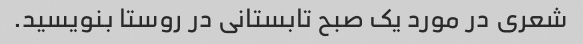
شعری در مورد یک صبح تابستانی در روستا بنویسید.